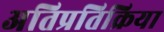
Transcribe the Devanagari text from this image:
अतिप्रतिक्रिया